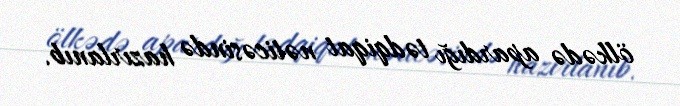
ölkədə apardığı tədqiqat nəticəsində hazırlanıb.